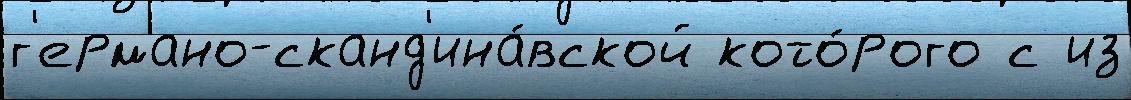
г'ермано-сканд'ина́вской кото́рого с из